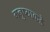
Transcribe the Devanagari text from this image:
मनुष्याकडे